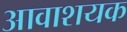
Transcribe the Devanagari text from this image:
आवाशयक